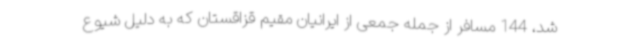
شد، 144 مسافر از جمله جمعی از ایرانیان مقیم قزاقستان که به دلیل شیوع